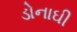
ડોનાઘી